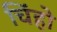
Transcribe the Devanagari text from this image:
चिंहो